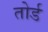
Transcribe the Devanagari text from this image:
तोर्ड